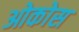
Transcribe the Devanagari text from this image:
ओकोस